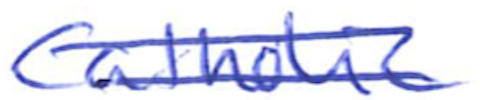
Text: Catholic
Cross-out: double-line
Writing tool: ballpoint